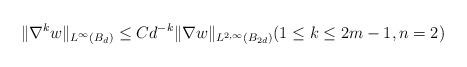
LaTeX: \begin{align*} \|\nabla^k w\|_{L^\infty(B_d)}\leq Cd^{-k} \|\nabla w\|_{L^{2,\infty}(B_{2d})} (1\leq k\leq 2m-1,n=2) \end{align*}